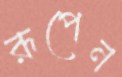
রূপেন